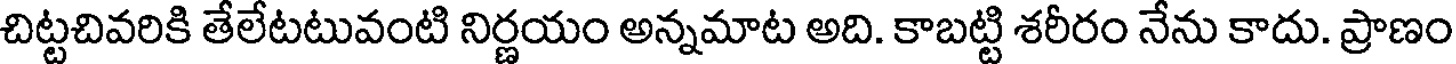
చిట్టచివరికి తేలేటటువంటి నిర్ణయం అన్నమాట అది. కాబట్టి శరీరం నేను కాదు. ప్రాణం